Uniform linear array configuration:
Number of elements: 64
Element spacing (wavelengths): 0.5
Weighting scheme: uniform
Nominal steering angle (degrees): -15
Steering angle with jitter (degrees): -13.171
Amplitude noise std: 0.05
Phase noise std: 0.05

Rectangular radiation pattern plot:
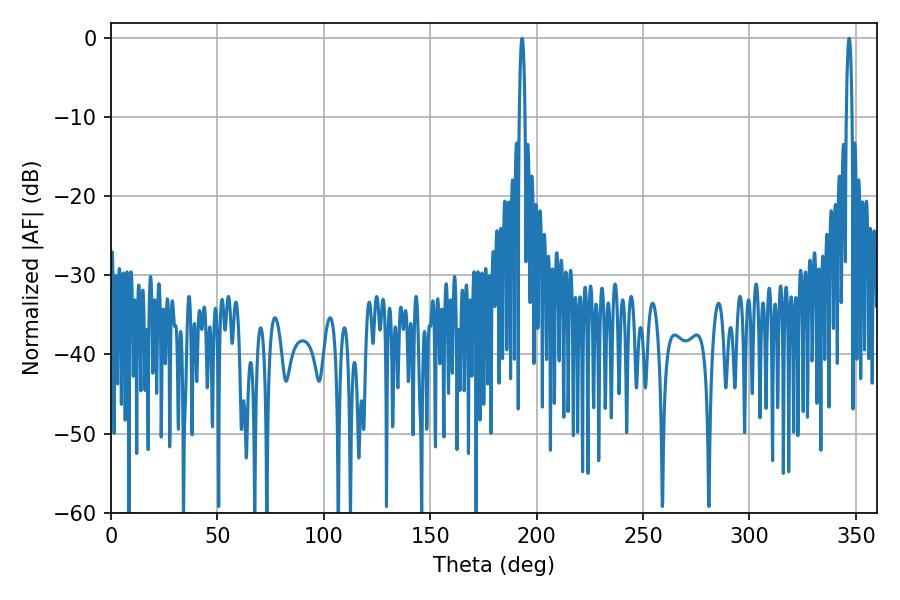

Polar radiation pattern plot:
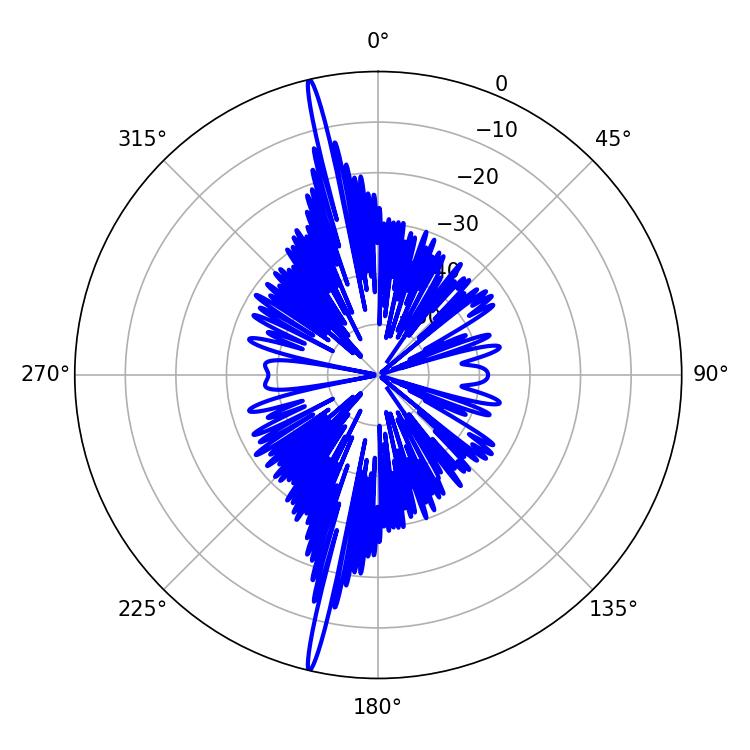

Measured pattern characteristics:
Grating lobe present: FALSE
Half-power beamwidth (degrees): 1.44
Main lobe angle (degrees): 346.86